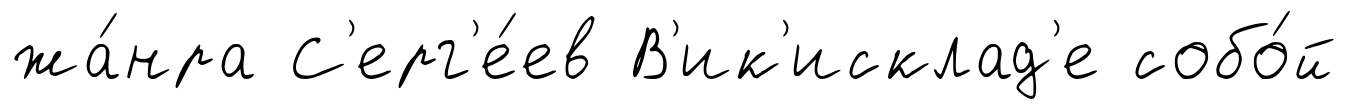
жа́нра С'ерг'е́ев В'ик'исклад'е собо́й